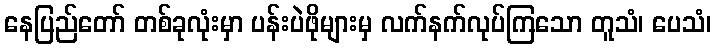
နေပြည်တော် တစ်ခုလုံးမှာ ပန်းပဲဖိုများမှ လက်နက်လုပ်ကြသော တူသံ၊ ပေသံ၊